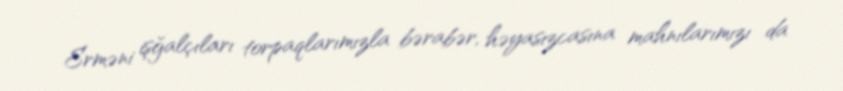
Erməni işğalçıları torpaqlarımızla bərabər, həyasızcasına mahnılarımızı da